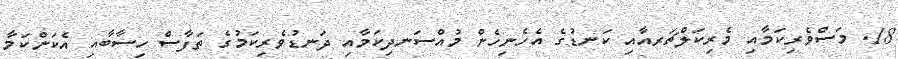
18. މަސްވެރިކަމާއި މެރިކަލްޗަރއާއި ކަނޑުގެ އެހެނިހެން މުއްސަނދިކަމާއި ދަނޑުވެރިކަމުގެ ތަފާސް ހިސާބާއި އެކަންކަމާ